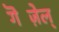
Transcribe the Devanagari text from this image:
गॆज़ेल्